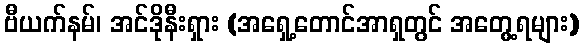
ဗီယက်နမ်၊ အင်ဒိုနီးရှား (အရှေ့တောင်အာရှတွင် အတွေ့ရများ)